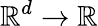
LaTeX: \mathbb{R}^{d}\rightarrow\mathbb{R}